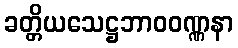
ခတ္တိယသေဋ္ဌဘာဝဝဏ္ဏနာ